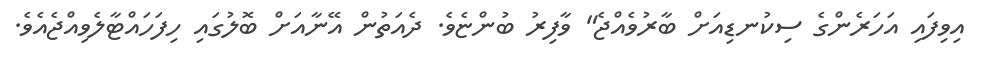
އިވިފައި އަހަރެންގެ ސިކުނޑިއަށް ބާރުވެއްޖެ" ވާފިރު ބުންޏެވެ. ދެއަތުން އޭނާއަށް ބޮލުގައި ހިފަހައްޓާލެވިއްޖެއެވެ.